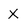
Character: X